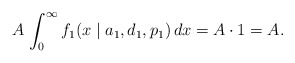
\begin{align*}A \, \int_{0}^{\infty} f_1(x \mid a_1, d_1, p_1) \, dx = A \cdot 1 = A.\end{align*}